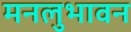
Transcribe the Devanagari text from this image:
मनलुभावन